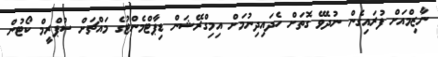
ނާޒިމްއަށް ފުރައިގެން ނުދެވޭ ގޮތަށް ހެދައިދިނުމަށް އިމިގްރޭޝަން ޑިޕާޓްމެންޓުގެ މައްޗަށް ސުޕްރީމް ކޯޓުން